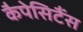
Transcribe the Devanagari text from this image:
कैपेसिटैंस